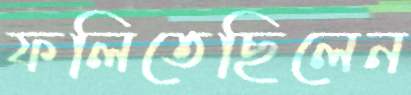
ফলিতেছিলেন